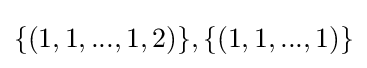
\{(1,1,...,1,2)\},\{(1,1,...,1)\}